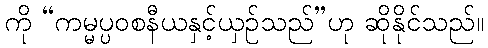
ကို “ကမ္မပ္ပဝစနီယနှင့်ယှဉ်သည်”ဟု ဆိုနိုင်သည်။